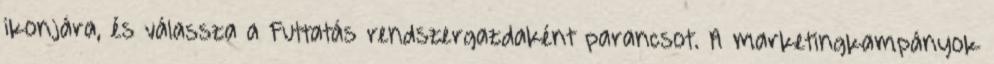
ikonjára, és válassza a Futtatás rendszergazdaként parancsot. A marketingkampányok